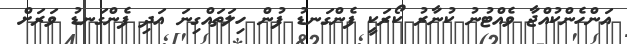
އަންހެންކުއްޖާ ވެއްޓުނު ކުނާރު ކޯރަކީ ފެންގަނޑު ފުން ހިލަތައްގިނަ އަދި ފެންގަނޑު ވަރަށް